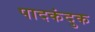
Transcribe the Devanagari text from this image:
पादकंदुक